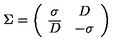
\Sigma = \left( \begin{array} { c c } { \sigma } & { D } \\ { \overline { D } } & { - \sigma } \\ \end{array} \right)